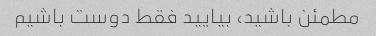
مطمئن باشید، بیایید فقط دوست باشیم